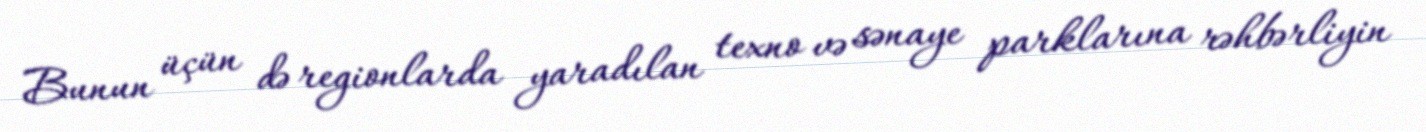
Bunun üçün də regionlarda yaradılan texno və sənaye parklarına rəhbərliyin